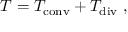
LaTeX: T = T _ { \mathrm { c o n v } } + T _ { \mathrm { d i v } } \ ,